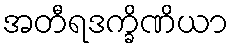
အတီရဒက္ခိဏိယာ